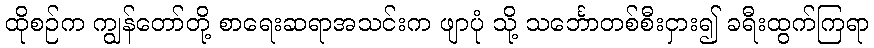
ထိုစဉ်က ကျွန်တော်တို့ စာရေးဆရာအသင်းက ဖျာပုံ သို့ သင်္ဘောတစ်စီးငှား၍ ခရီးထွက်ကြရာ